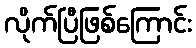
လိုက်ပြီဖြစ်ကြောင်း